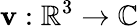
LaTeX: \mathbf{v}:\mathbb{{R}}^{3}\rightarrow\mathbb{{C}}